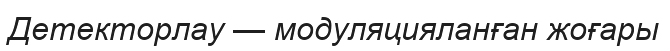
Детекторлау — модуляцияланған жоғары